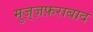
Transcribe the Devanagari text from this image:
मुज़्ज़फ़राबाद